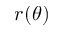
r ( \theta )